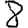
Digit: 8